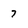
Character: 7